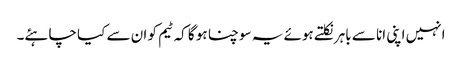
انہیں اپنی انا سے باہر نکلتے ہوئے یہ سوچنا ہو گا کہ ٹیم کو ان سے کیا چاہئے۔